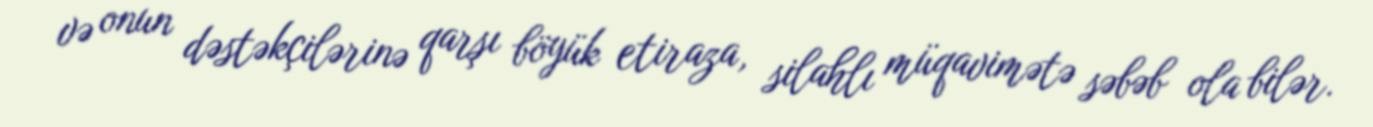
və onun dəstəkçilərinə qarşı böyük etiraza, silahlı müqavimətə səbəb ola bilər.